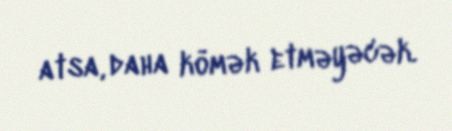
atsa, daha kömək etməyəcək.